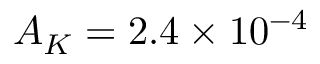
A _ { K } = 2 . 4 \times 1 0 ^ { - 4 }